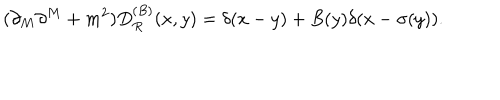
( \partial _ { M } \partial ^ { M } + m ^ { 2 } ) D _ { R } ^ { ( B ) } ( x , y ) = \delta ( x - y ) + B ( y ) \delta ( x - \sigma ( y ) ) .